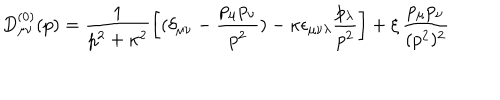
D _ { \mu \nu } ^ { ( 0 ) } ( p ) = \frac { 1 } { p ^ { 2 } + \kappa ^ { 2 } } \left[ ( \delta _ { \mu \nu } - \frac { p _ { \mu } p _ { \nu } } { p ^ { 2 } } ) - \kappa \epsilon _ { \mu \nu \lambda } \frac { p _ { \lambda } } { p ^ { 2 } } \right] + \xi \, \frac { p _ { \mu } p _ { \nu } } { ( p ^ { 2 } ) ^ { 2 } }